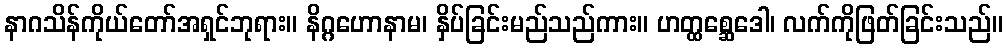
နာဂသိန်ကိုယ်တော်အရှင်ဘုရား။ နိဂ္ဂဟောနာမ၊ နှိပ်ခြင်းမည်သည်ကား။ ဟတ္ထစ္ဆေဒေါ၊ လက်ကိုဖြတ်ခြင်းသည်။